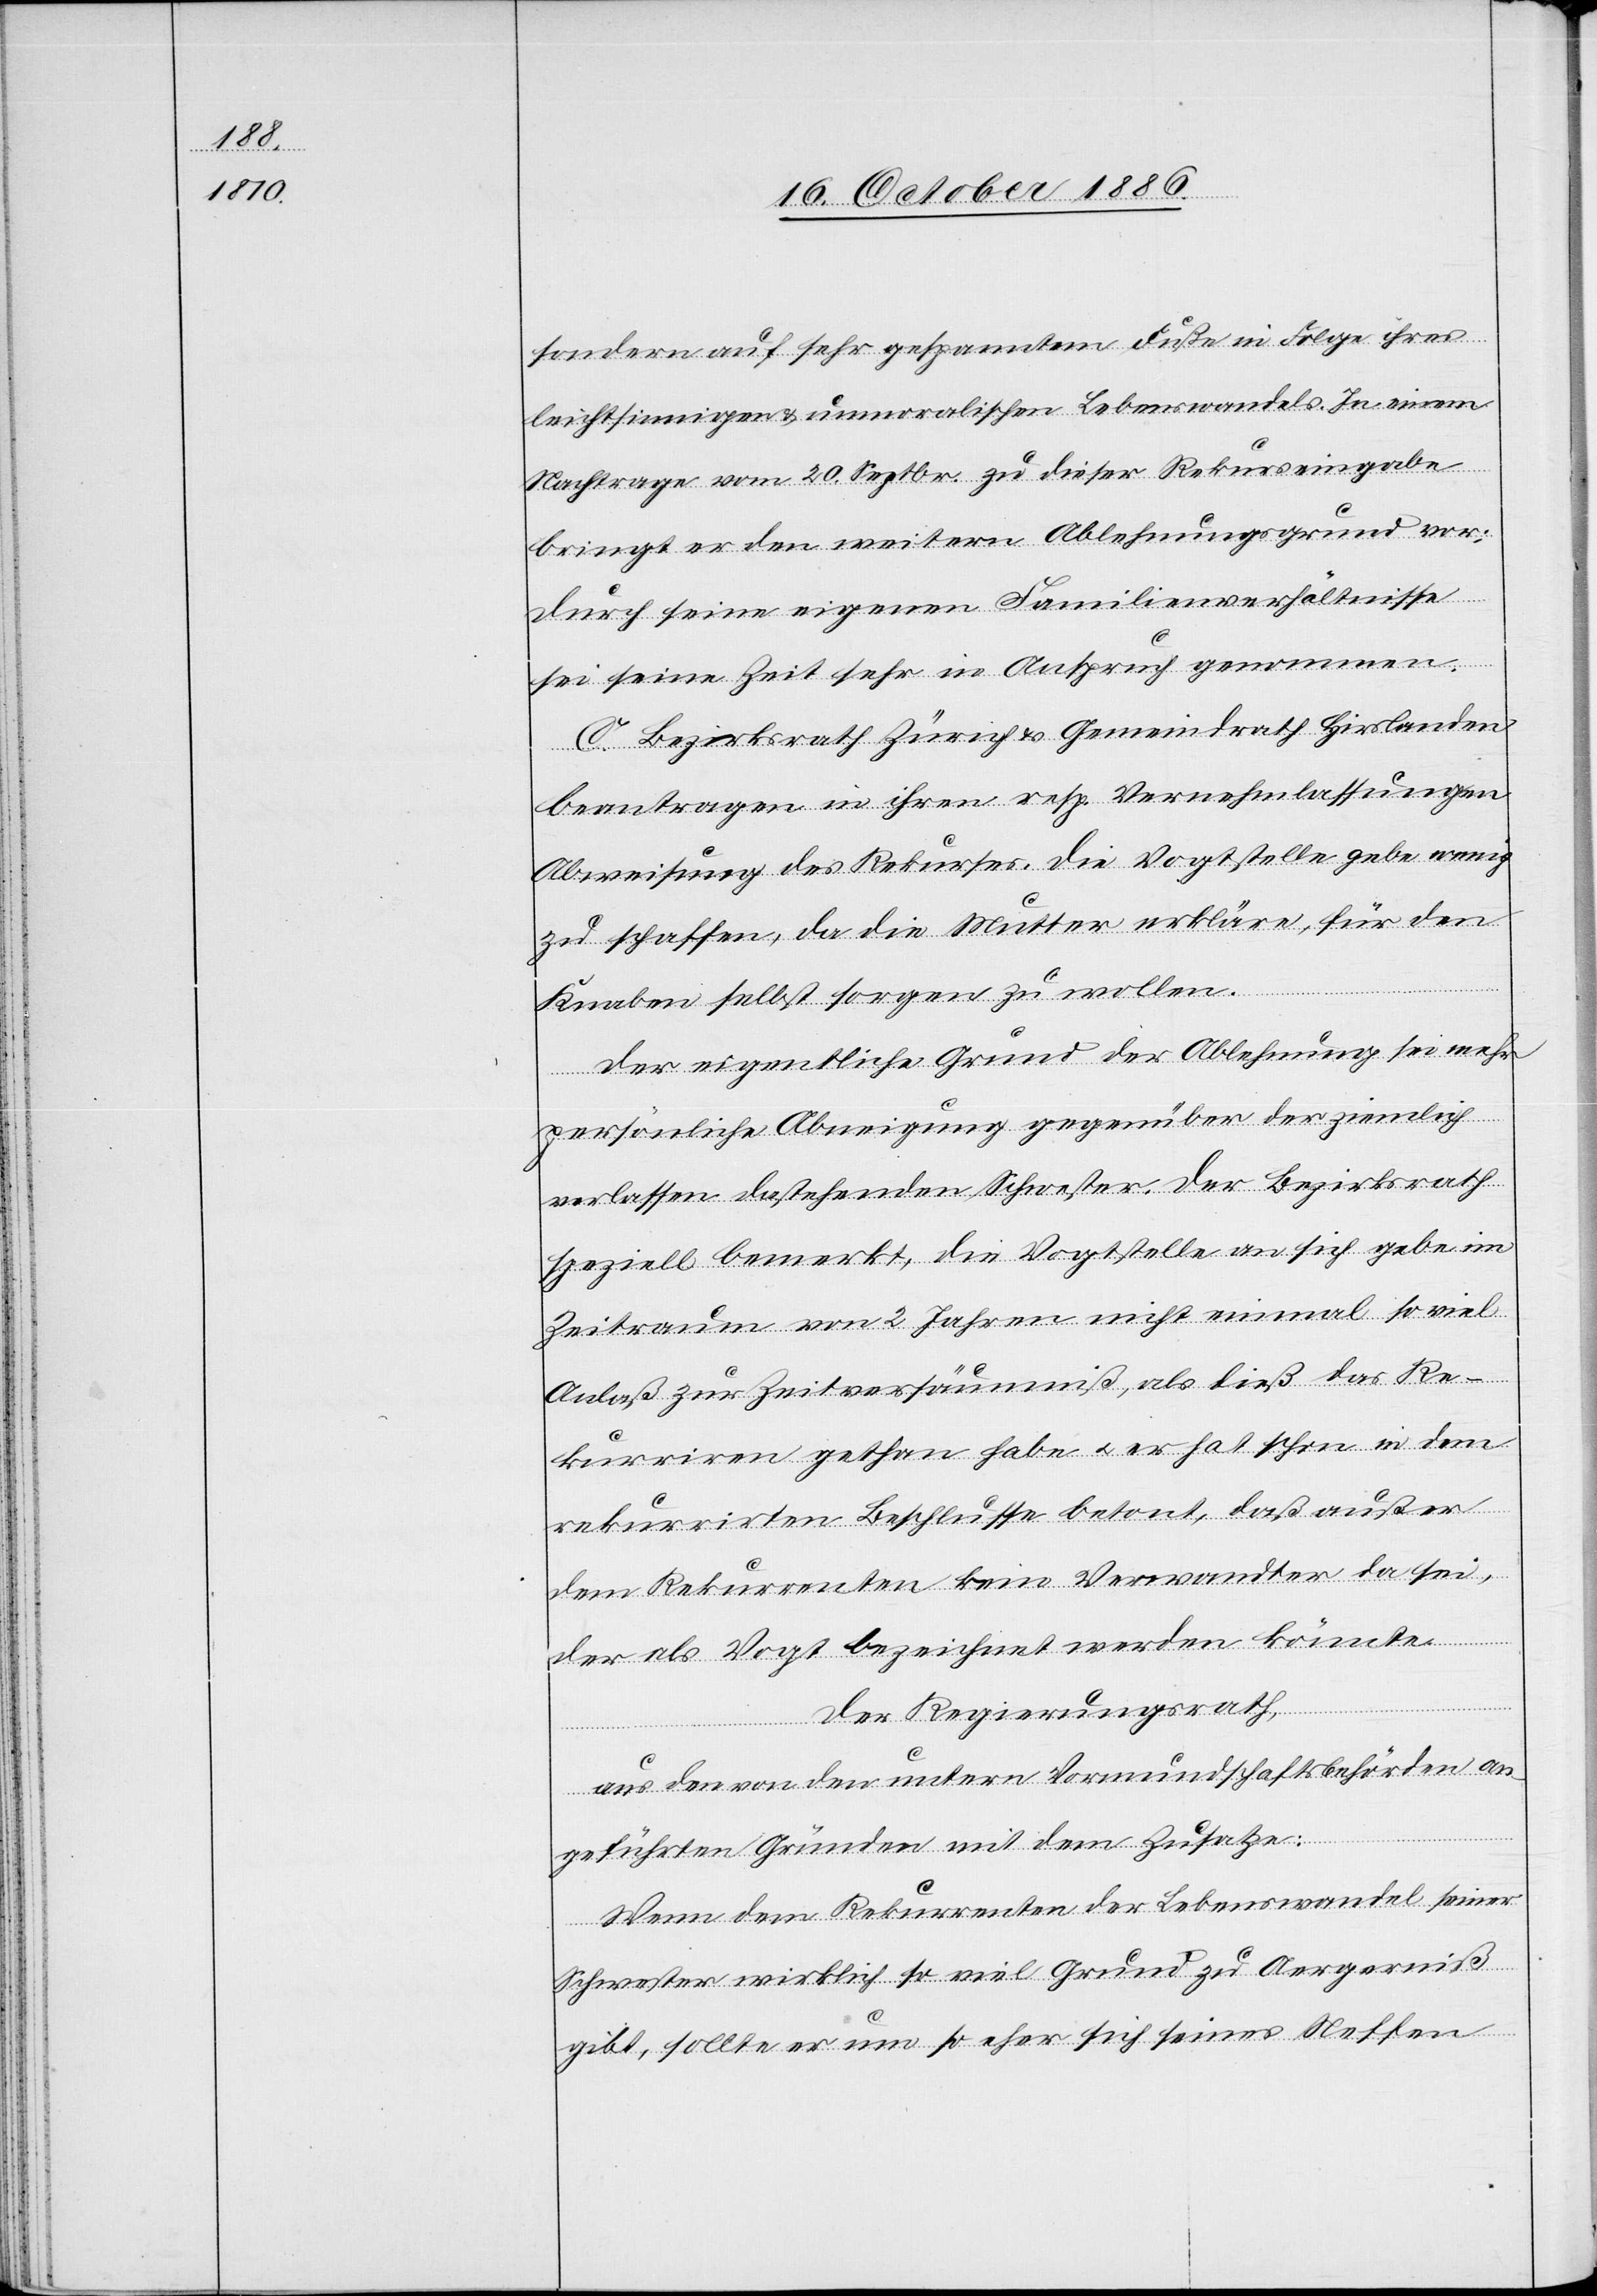
sondern auf sehr gespanntem Fuße in Folge ihres
leichtsinnigen & unmoralischen Lebenswandels. In einem
Nachtrage vom 20. Septbr. zu dieser Rekurseingabe
bringt er den weitern Ablehnungsgrund vor:
Durch seine eigenen Familienverhältnisse
sei seine Zeit sehr in Anspruch genommen.
C. Bezirksrath Zürich & Gemeindrath Hirslanden
beantragen in ihren resp. Vernehmlassungen
Abweisung des Rekurses. Die Vogtstelle gebe wenig
zu schaffen, da die Mutter erkläre, für den
Knaben selbst sorgen zu wollen.
Der eigentliche Grund der Ablehnung sei mehr
persönliche Abneigung gegenüber der ziemlich
verlassen dastehenden Schwester. Der Bezirksrath
speziell bemerkt, die Vogtstelle an sich gebe im
Zeitraum von 2 Jahren nicht einmal so viel
Anlaß zur Zeitversäumniß, als dies das Re¬
kurriren gethan habe & er hat schon in dem
rekurrirten Beschlusse betont, daß außer
dem Rekurrenten kein Verwandter da sei,
der als Vogt bezeichnet werden könnte.
Der Regierungsrath,
aus den von den untern Vormundschaftsbehörden an¬
geführten Gründen mit dem Zusatze:
Wenn dem Rekurrenten der Lebenswandel seiner
Schwester wirklich so viel Grund zu Aergerniß
gibt, sollte er um so eher sich seines Neffen